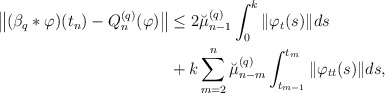
\begin{align*} \big\| (\beta_q \ast \varphi)(t_n) - Q_{n}^{(q)}(\varphi) \big\| & \leq 2 \breve{\mu}_{n-1}^{(q)} \int_{0}^{k}\|\varphi_t(s)\|ds \\ & + k\sum\limits_{m=2}^{n} \breve{\mu}_{n-m}^{(q)} \int_{t_{m-1}}^{t_{m}} \|\varphi_{tt}(s)\| ds, \end{align*}